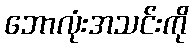
ဘောလုံးအသင်းကို